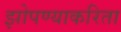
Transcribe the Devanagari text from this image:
झोपण्याकरिता